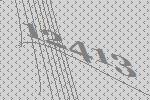
12413